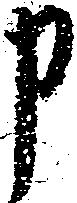
申